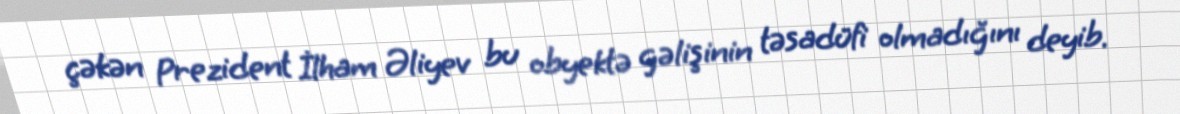
çəkən Prezident İlham Əliyev bu obyektə gəlişinin təsadüfi olmadığını deyib.